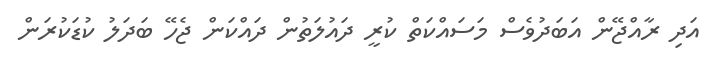
އަދި ރާއްޖޭން އަބަދުވެސް މަސައްކަތް ކުރީ ދައުލަތުން ދައްކަން ޖެހޭ ބަދަލު ކުޑަކުރަން